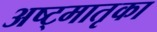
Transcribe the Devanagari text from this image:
अष्ट्मातृका